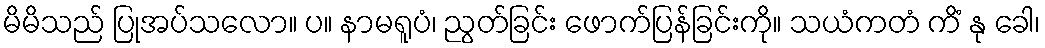
မိမိသည် ပြုအပ်သလော။ ပ။ နာမရူပံ၊ ညွတ်ခြင်း ဖောက်ပြန်ခြင်းကို။ သယံကတံ ကိံ နု ခေါ၊